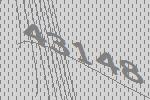
43148